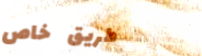
طريق خاص